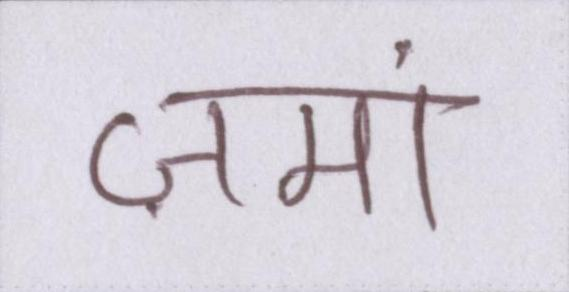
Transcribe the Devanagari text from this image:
ज़मां